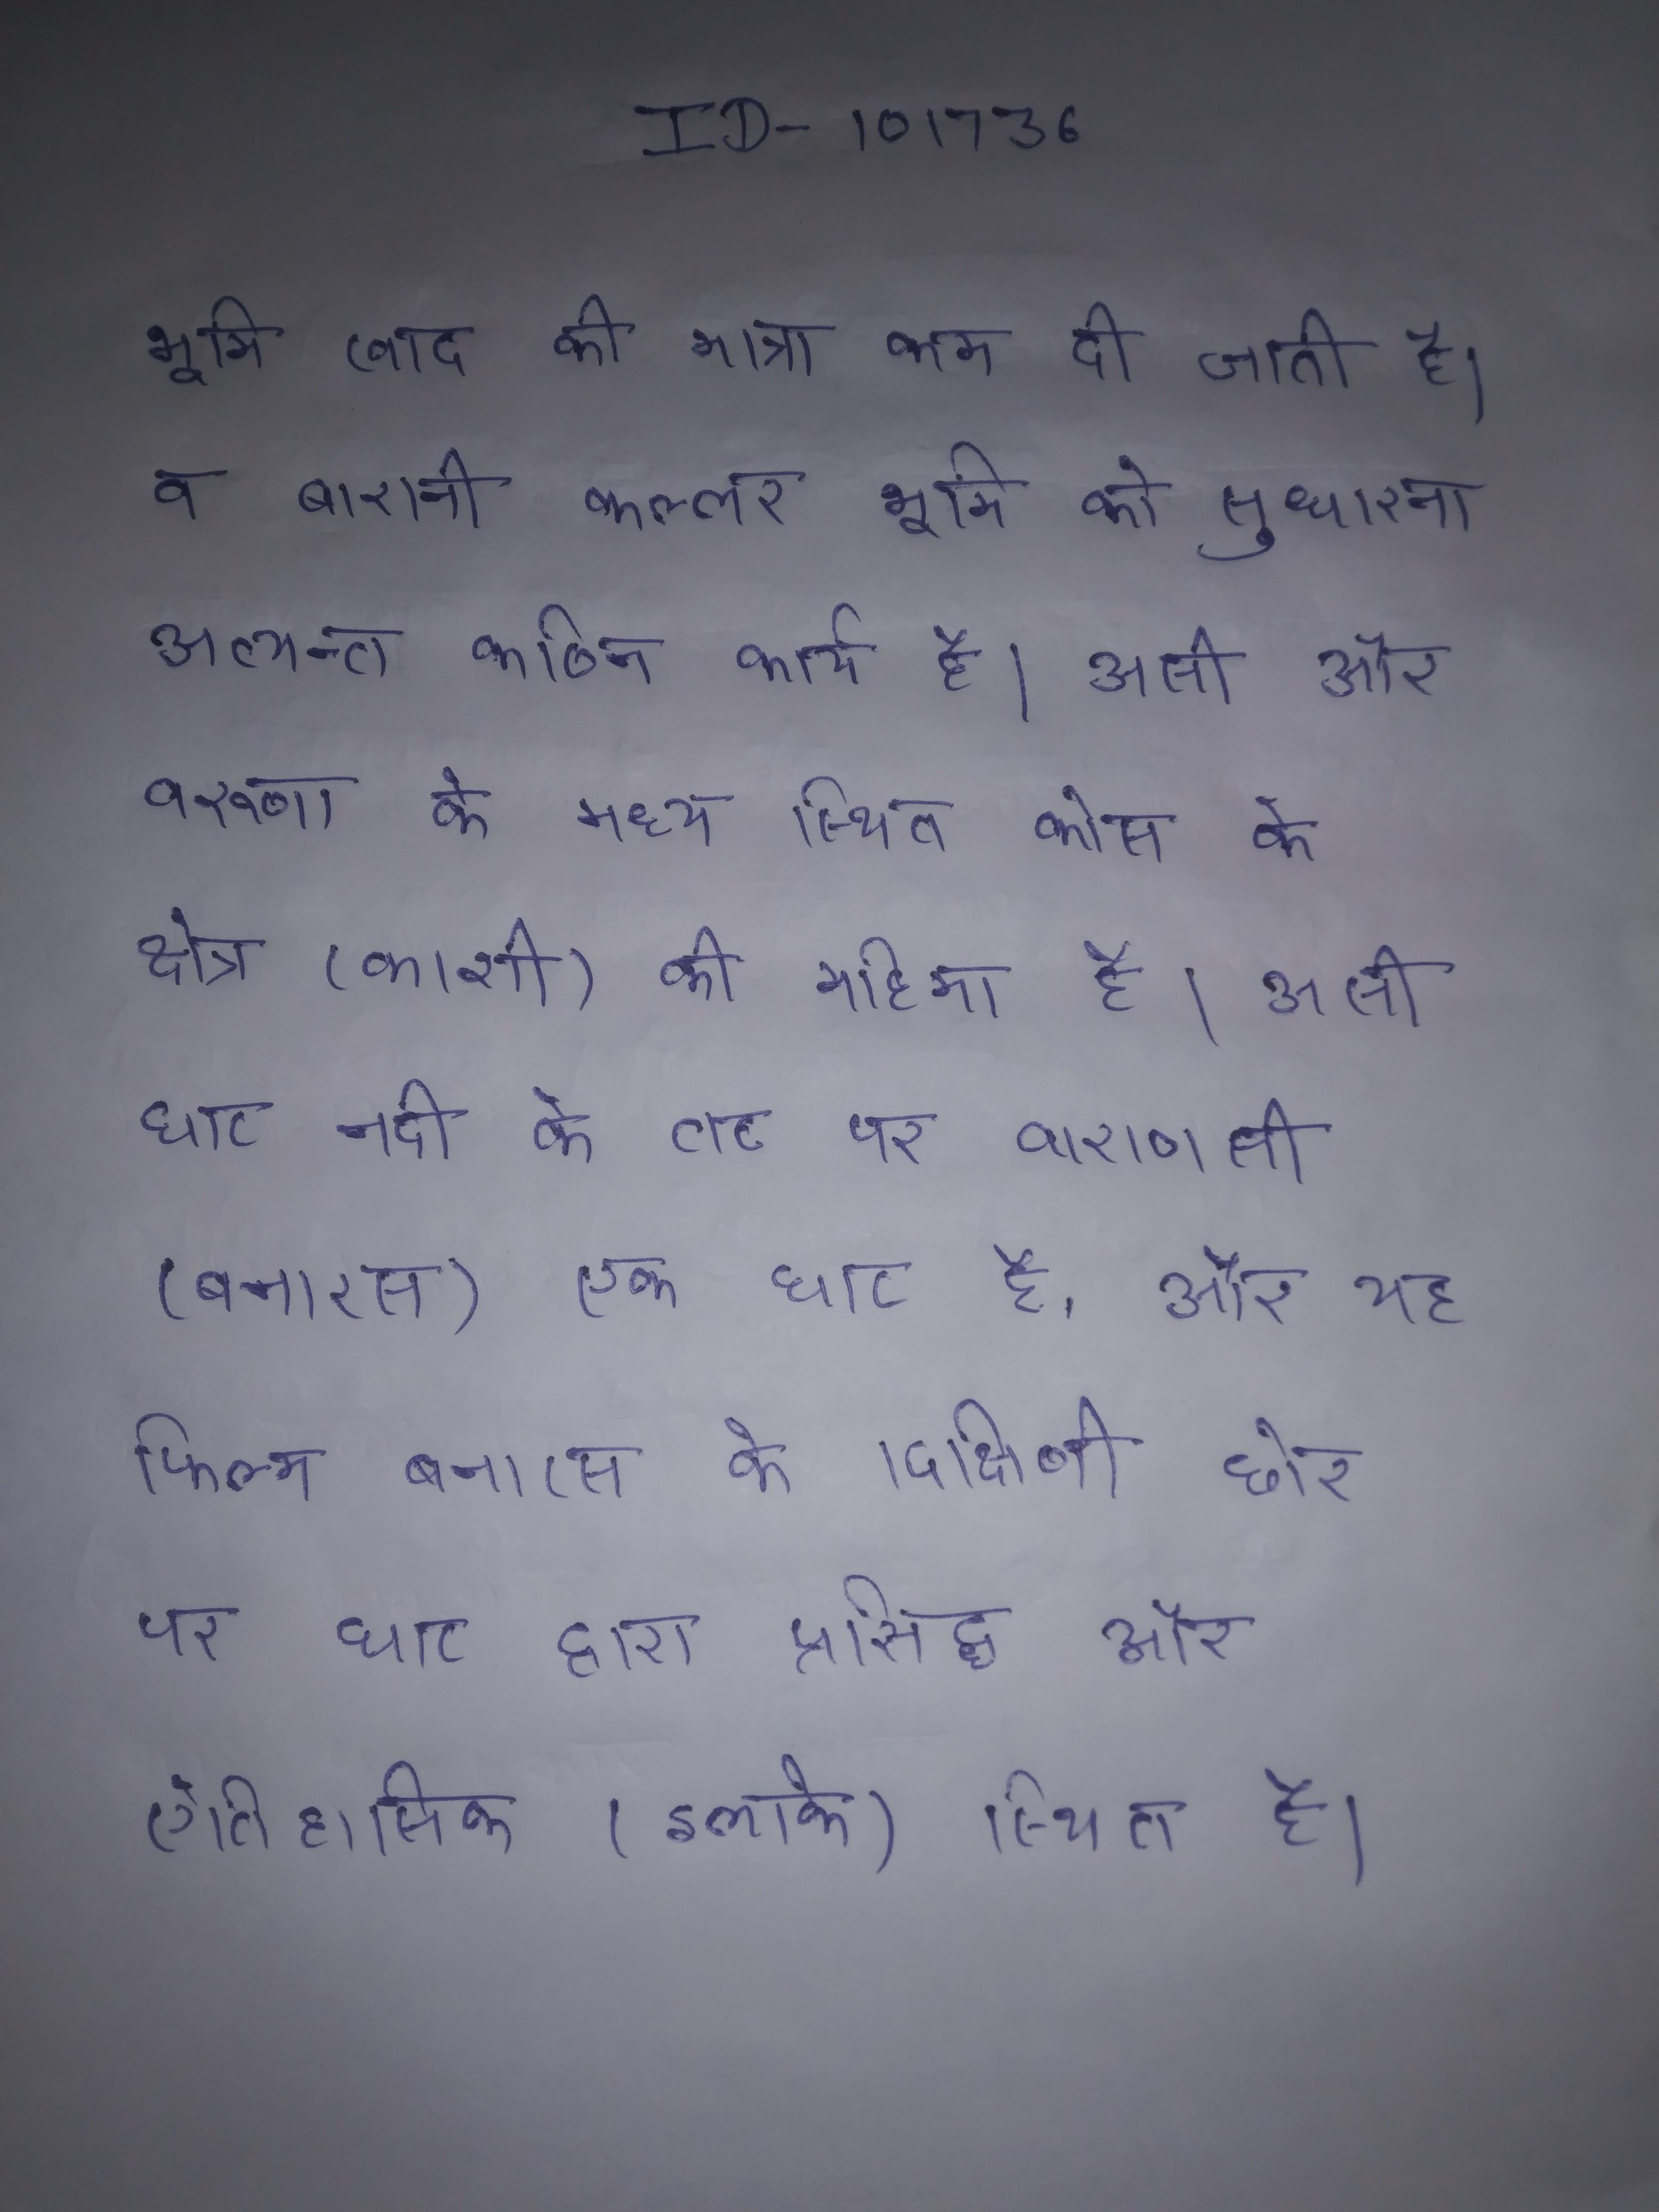
भूमि खाद की मात्रा कम दी जाती है । व बारानी कल्लर भूमि को सुधारना अत्यन्त कठिन कार्य है । असी और वरुणा के मध्य स्थित कोस के क्षेत्र (काशी) की महिमा है । असी घाट नदी के तट पर वाराणसी (बनारस) एक घाट है, और यह फिल्म बनारस के दक्षिणी छोर पर घाट द्वारा प्रसिद्ध और ऐतिहासिक (इलाके) स्थित है ।